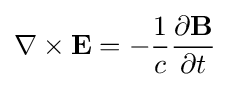
\nabla \times \mathbf {E} =-{\frac {1}{c}}{\frac {\partial \mathbf {B} }{\partial t}}